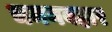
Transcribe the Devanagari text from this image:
चमनबहार